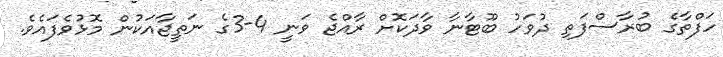
ހަފްތާގެ ބުރާސްފަތި ދުވަހު ބޫޓާނާ ވާދަކޮށް ރާއްޖެ ވަނީ 4-3ގެ ނަތީޖާއަކުން މޮޅުވެފައެވެ.